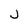
Character: j